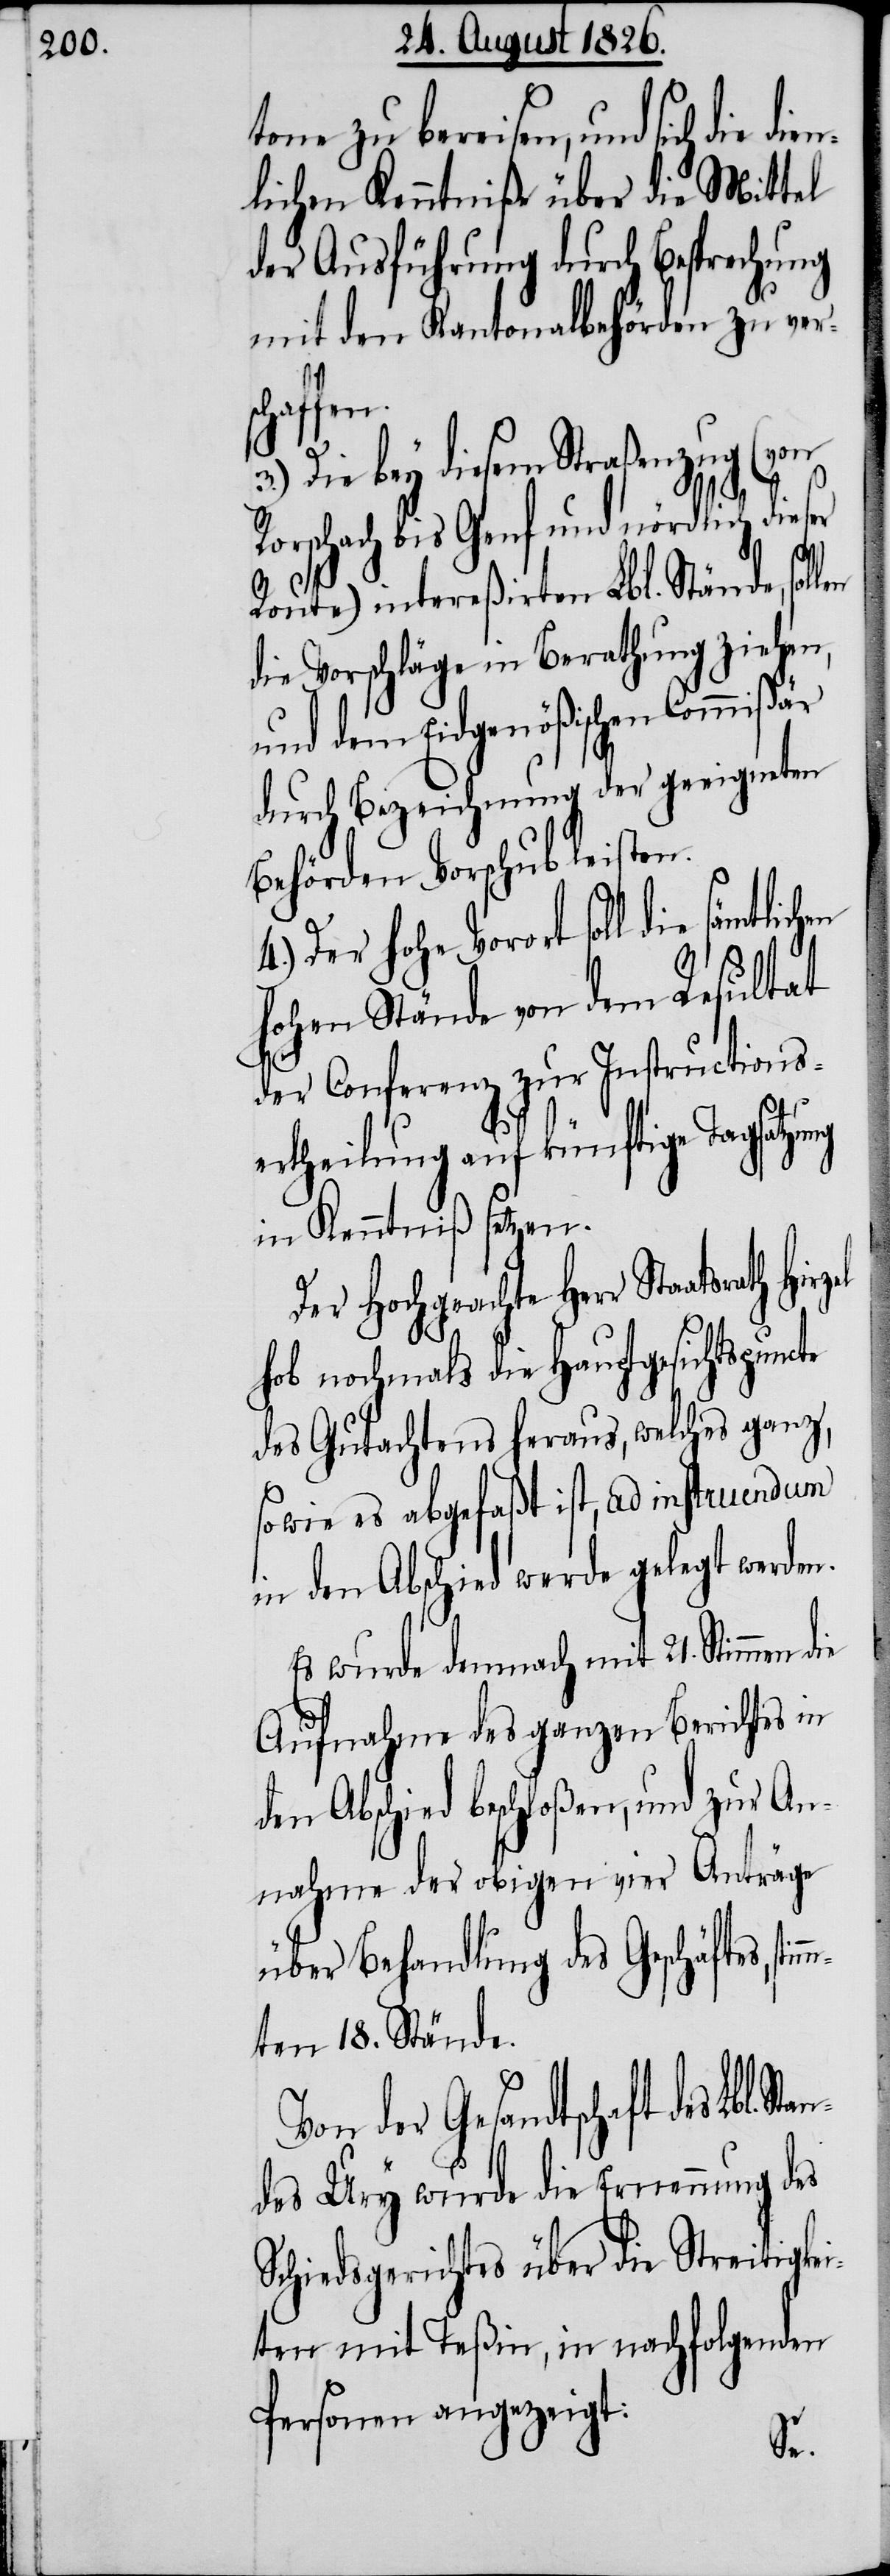
tone zu bereisen, und sich die
nlichen Kenntniße über die Mittel
der Ausführung durch Besprechung
mit den Kantonalbehörden zu vers¬
chaffen.
Die bey diesem Straßenzug (von
Rorschach bis Genf und nördlich dieser
Route) intereßirten Lbl. Stände, sol¬
die Vorschläge in Berathung ziehen,
und dem Eidgenößischen Commißär
durch Bezeichnung der geeigneten
Behörden Vorschub leisten.
4.) Der hohe Vorort soll die
hohen Stände von dem Resultat
der Conferenz zur Instructions¬
ertheilung auf künftige Tagsatzung
in Kenntniß setzen.
Der Hochgeachte Herr Staatsrath
hob nochmals die Hauptgesichtspuncte
des Gutachtens heraus, welches ganz,
sowie es abgefaßt ist, ad instruendum
in den Abschied werde gelegt werden.
Es wurde demnach mit 21. Stimmen die
Aufnahme des ganzen Berichtes in
den Abschied beschloßen, und zur An¬
nahme der obigen vier Anträge
über Behandlung des Geschäftes, s¬
mten 18. Stände.
Von der Gesandtschaft des Lbl.
ndes Ury wurde die Ernennung des
Schiedsgerichtes über die Streitigkei¬
ten mit Teßin, in nachfolgenden
Personen angezeigt:
Sta¬